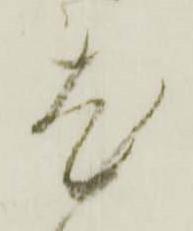
尤